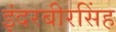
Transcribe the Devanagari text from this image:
इंदरबीरसिंह